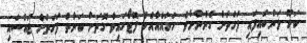
ކަކޫ ލަންބައިފައި ފަހަތަށް ގެންނާށެވެ. ހަމައެއާއެކު ފޮޓޯގައިވާ ގޮތަށް ކަނާތް ފަހަތަށް ޖައްސައި